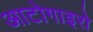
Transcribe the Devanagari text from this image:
आटोगाइरो